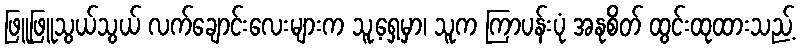
ဖြူဖြူသွယ်သွယ် လက်ချောင်းလေးများက သူ့ရှေ့မှာ၊ သူက ကြာပန်းပုံ အနုစိတ် ထွင်းထုထားသည့်